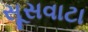
સૂસવાટા